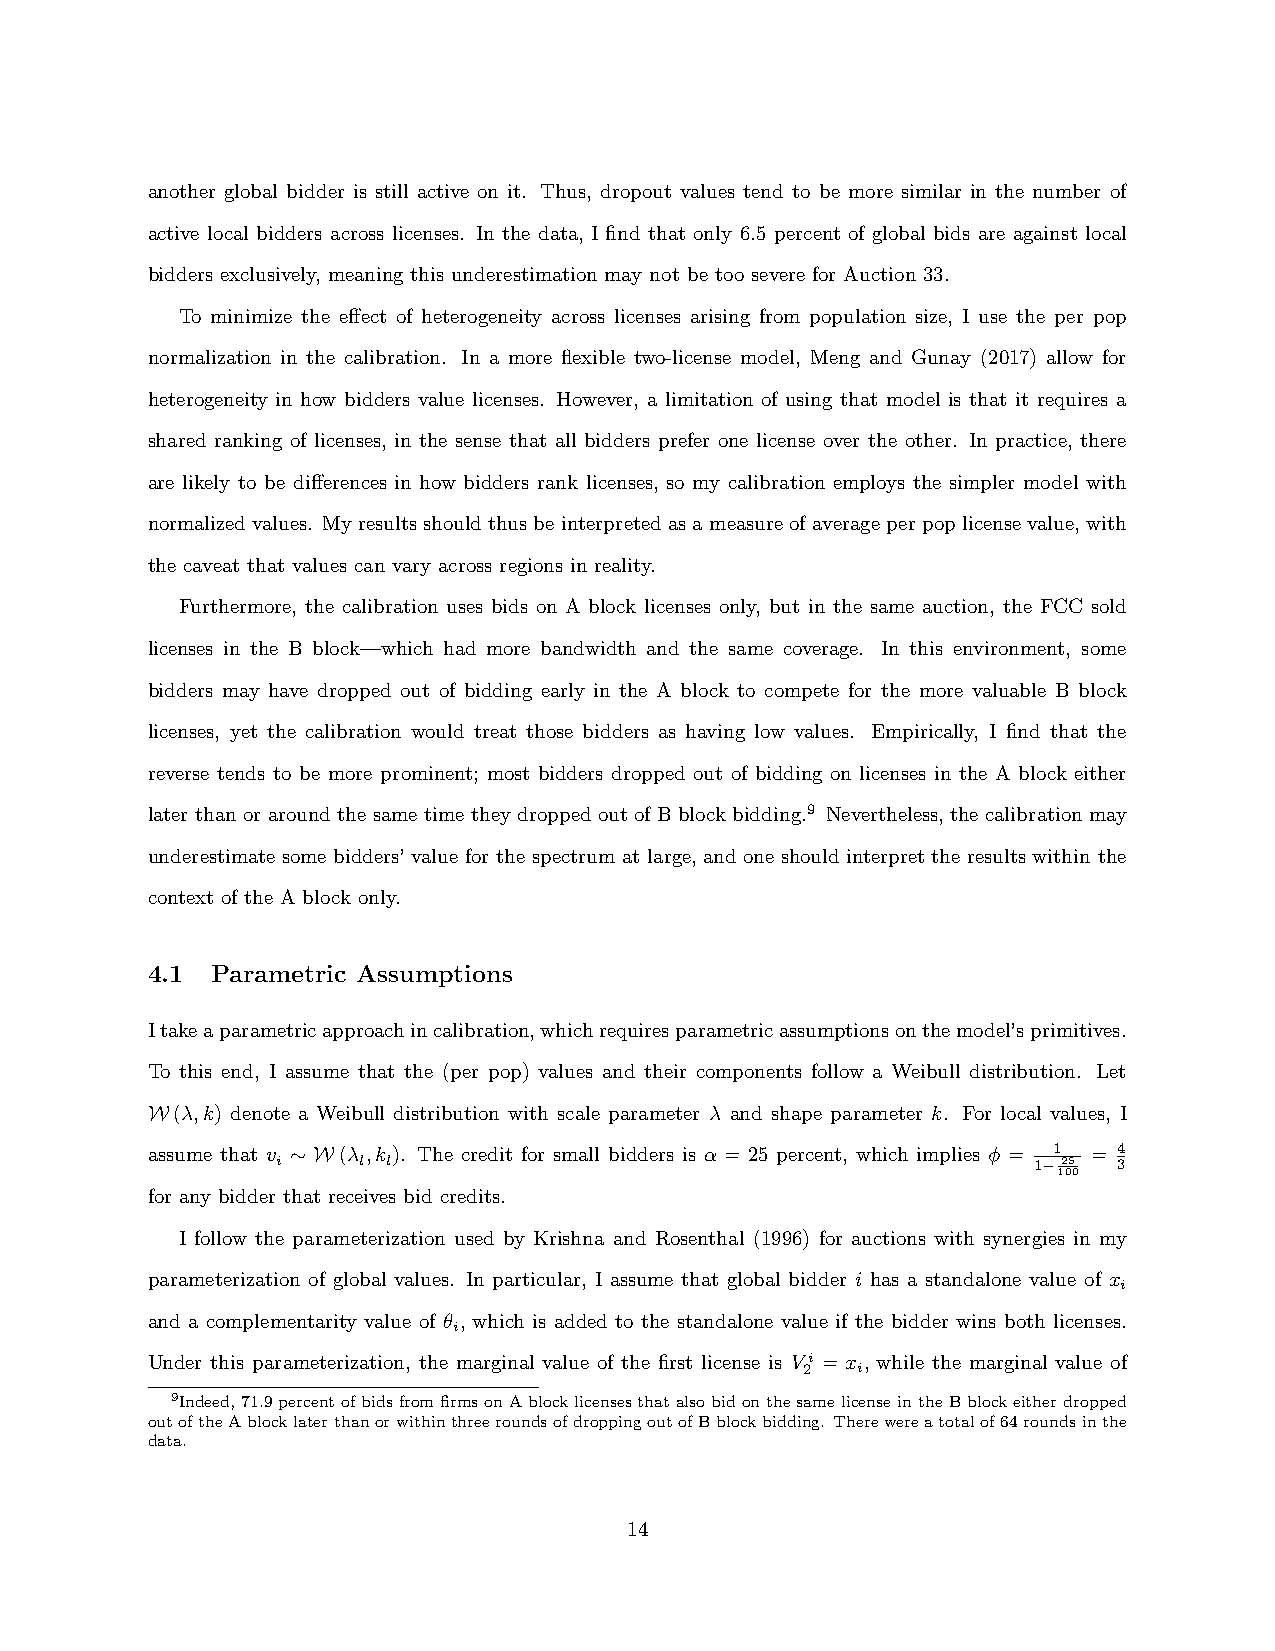
another global bidder is still active on it. Thus, dropout values tend to be more similar in the number of
 active local bidders across licenses. In the data, I find that only 6.5 percent of global bids are against local
 bidders exclusively, meaning this underestimation may not be too severe for Auction 33.
 To minimize the effect of heterogeneity across licenses arising from population size, I use the per pop
 normalization in the calibration. In a more flexible two-license model, Meng and Gunay (2017) allow for
 heterogeneity in how bidders value licenses. However, a limitation of using that model is that it requires a
 shared ranking of licenses, in the sense that all bidders prefer one license over the other. In practice, there
 are likely to be differences in how bidders rank licenses, so my calibration employs the simpler model with
 normalized values. My results should thus be interpreted as a measure of average per pop license value, with
 the caveat that values can vary across regions in reality.
 Furthermore, the calibration uses bids on A block licenses only, but in the same auction, the FCC sold
 licenses in the B block—which had more bandwidth and the same coverage. In this environment, some
 bidders may have dropped out of bidding early in the A block to compete for the more valuable B block
 licenses, yet the calibration would treat those bidders as having low values. Empirically, I find that the
 reverse tends to be more prominent; most bidders dropped out of bidding on licenses in the A block either
 later than or around the same time they dropped out of B block bidding.9 Nevertheless, the calibration may
 underestimate some bidders’ value for the spectrum at large, and one should interpret the results within the
 context of the A block only.
 4.1 Parametric Assumptions
 Itakeaparametricapproachincalibration,whichrequiresparametricassumptionsonthemodel’sprimitives.
 To this end, I assume that the (per pop) values and their components follow a Weibull distribution. Let
 W(λ,k) denote a Weibull distribution with scale parameter λ and shape parameter k. For local values, I
 assume that v ∼ W(λ ,k ). The credit for small bidders is α = 25 percent, which implies φ = 1 = 4
 i     l l                                         1−25  3
 100
 for any bidder that receives bid credits.
 I follow the parameterization used by Krishna and Rosenthal (1996) for auctions with synergies in my
 parameterization of global values. In particular, I assume that global bidder i has a standalone value of x
 i
 and a complementarity value of θ , which is added to the standalone value if the bidder wins both licenses.
 i
 Under this parameterization, the marginal value of the first license is Vi = x , while the marginal value of
 2   i
 9Indeed,71.9percentofbidsfromfirmsonAblocklicensesthatalsobidonthesamelicenseintheBblockeitherdropped
 outoftheAblocklaterthanorwithinthreeroundsofdroppingoutofBblockbidding. Therewereatotalof64roundsinthe
 data.
 14